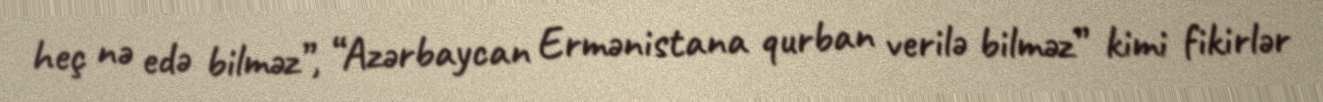
heç nə edə bilməz”, “Azərbaycan Ermənistana qurban verilə bilməz” kimi fikirlər